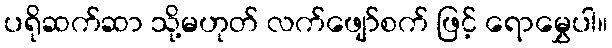
ပရိုဆက်ဆာ သို့မဟုတ် လက်ဖျော်စက် ဖြင့် ရောမွှေပါ။